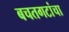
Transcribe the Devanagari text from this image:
बचतगटांचा